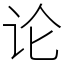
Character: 论